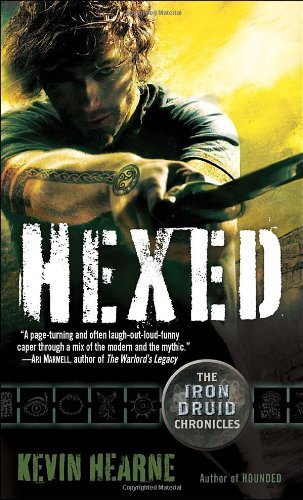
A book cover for Hexed (Iron Druid Chronicles); Kevin Hearne; Literature & Fiction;